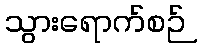
သွားရောက်စဉ်